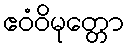
ဧဝံဝိမုတ္တော